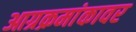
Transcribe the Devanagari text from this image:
आग्रक्रमांकावर